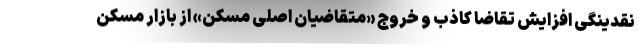
نقدینگی افزایش تقاضا کاذب و خروج «متقاضیان اصلی مسکن» از بازار مسکن